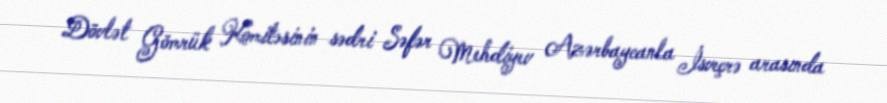
Dövlət Gömrük Komitəsinin sədri Səfər Mehdiyev Azərbaycanla İsveçrə arasında